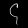
Digit: ၄